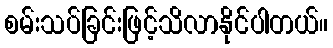
စမ်းသပ်ခြင်းဖြင့်သိလာနိုင်ပါတယ်။